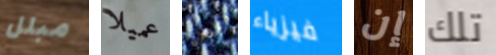
مبلل عميلا امتحان فيزياء إن تلك